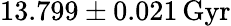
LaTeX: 13.799\pm 0.021\, \mathrm{Gyr}